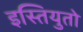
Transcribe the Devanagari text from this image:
इस्तियुतो